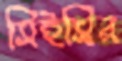
সিইসির